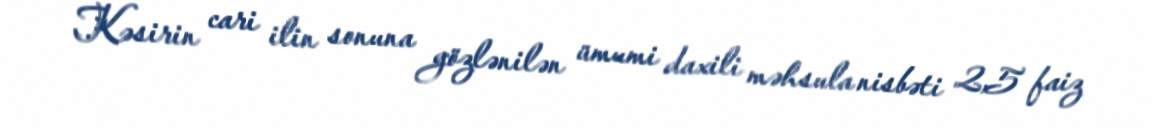
Kəsirin cari ilin sonuna gözlənilən ümumi daxili məhsula nisbəti 2,5 faiz